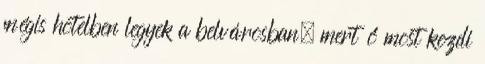
mégis hotelben legyek a belvárosban, mert ő most kezdi